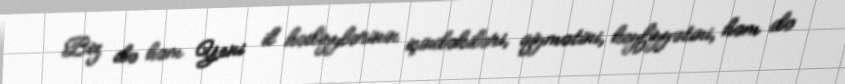
Biz də həm Yeni il hədiyylərinin içindəkiləri, qiymətini, keyfiyyətini, həm də